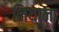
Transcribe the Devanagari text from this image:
नियाना